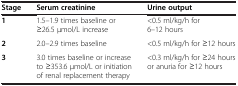
| Stage | Serum creatinine | Urine output |
 | --- | --- | --- |
 | 1 | 1.5–1.9 times baseline or ≥26.5 μmol/L increase | <0.5 ml/kg/h for 6–12 hours |
 | 2 | 2.0–2.9 times baseline | <0.5 ml/kg/h for ≥12 hours |
 | 3 | 3.0 times baseline or increase to ≥353.6 μmol/L or initiation of renal replacement therapy | <0.3 ml/kg/h for ≥24 hours or anuria for ≥12 hours |